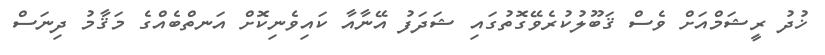
ޚުދު ރީޝަމްއަށް ވެސް ޤަބޫލުކުރެވޭގޮތުގައި ޝަދަފު އޭނާއާ ކައިވެނިކޮށް އަނތްބެއްގެ މަޤާމު ދިނަސް